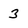
Character: 3